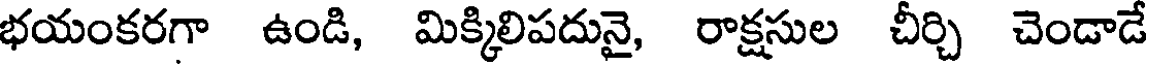
భయంకరగా ఉండి, మిక్కిలిపదునై, రాక్షసుల చీర్చి చెండాడే